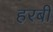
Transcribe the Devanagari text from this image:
हरबी